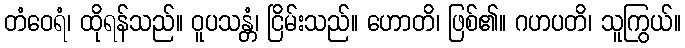
တံဝေရံ၊ ထိုရန်သည်။ ဝူပသန္တံ၊ ငြိမ်းသည်။ ဟောတိ၊ ဖြစ်၏။ ဂဟပတိ၊ သူကြွယ်။